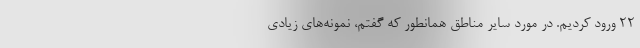
۲۲ ورود کردیم. در مورد سایر مناطق همانطور که گفتم، نمونه‌های زیادی